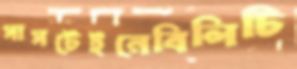
সাসটেইনেবিলিটি